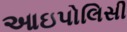
આઇપોલિસી